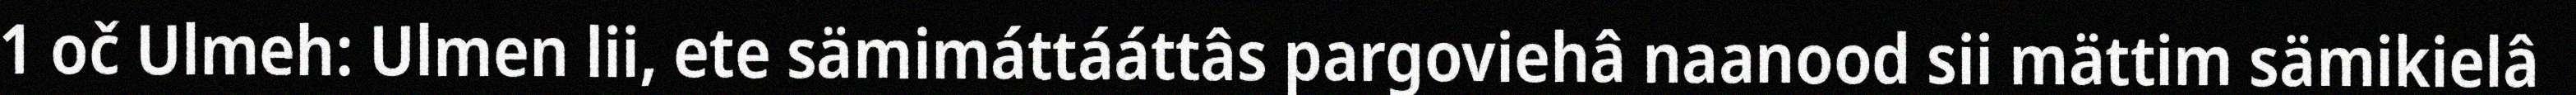
1 oč Ulmeh: Ulmen lii, ete sämimáttááttâs pargoviehâ naanood sii mättim sämikielâ